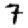
Digit: 7